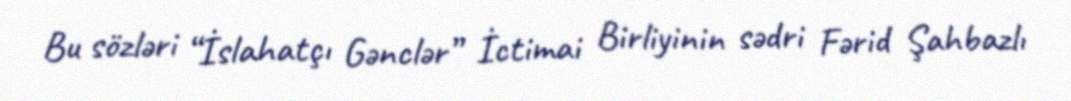
Bu sözləri “İslahatçı Gənclər” İctimai Birliyinin sədri Fərid Şahbazlı